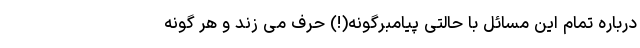
درباره تمام این مسائل با حالتی پیامبرگونه(!) حرف می زند و هر گونه